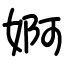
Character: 婀